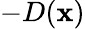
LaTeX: -D(\mathbf{x})